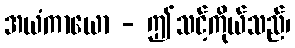
အယံကာယော - ဤသင့်ကိုယ်သည်၊